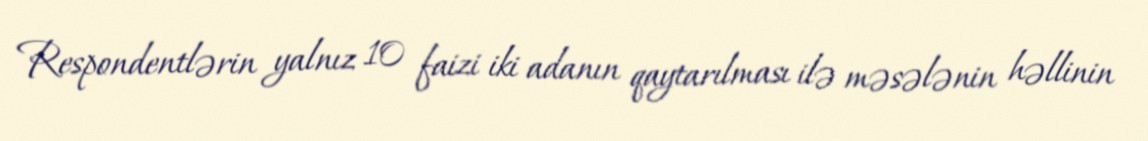
Respondentlərin yalnız 10 faizi iki adanın qaytarılması ilə məsələnin həllinin